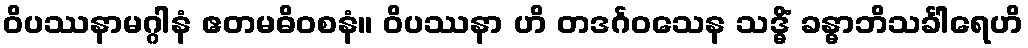
ဝိပဿနာမဂ္ဂါနံ ဧတမဓိဝစနံ။ ဝိပဿနာ ဟိ တဒင်္ဂဝသေန သဒ္ဓိံ ခန္ဓာဘိသင်္ခါရေဟိ